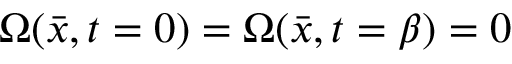
\Omega ( \bar { x } , t = 0 ) = \Omega ( \bar { x } , t = \beta ) = 0